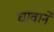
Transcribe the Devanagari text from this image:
घावाने